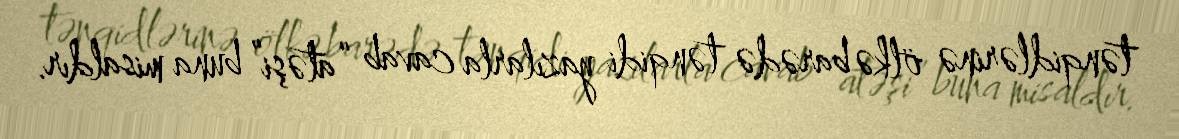
tənqidlərinə ölkə barədə tənqidi yazılarla cavab “atəşi” buna misaldır.